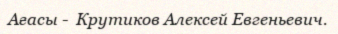
Ағасы -  Крутиков Алексей Евгеньевич.